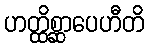
ဟတ္ထိစ္ဆာပေဟီတိ